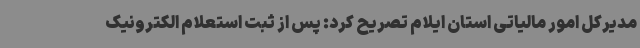
مدیرکل امور مالیاتی استان ایلام تصریح کرد: پس از ثبت استعلام الکترونیک